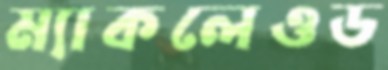
ম্যাকলেওড